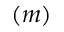
( m )